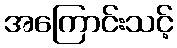
အကြောင်းသင့်